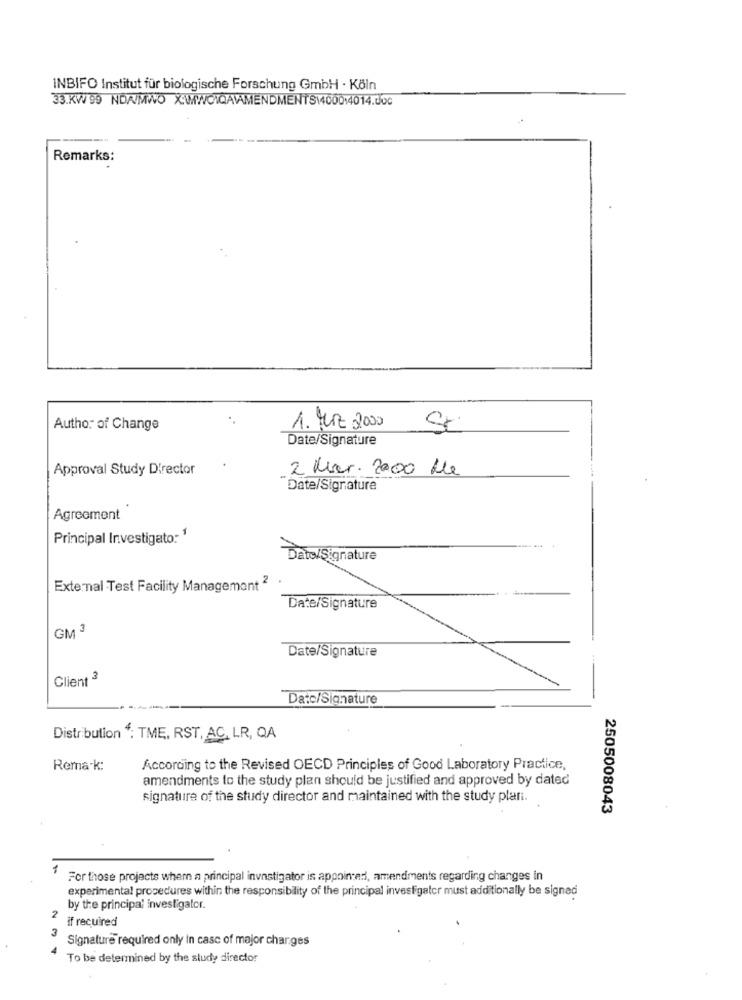
INBIFO Institut für biologische Forschung GmbH - Köln
33.KW/90 NDA/MWO X:WWWCIQAVAMENDMENTS1400014014.doc
Remarks:
Author of Change
1. MIZ 2000
Date/Signature
Approval Study Director
2 Mer. 2000 He
"Date/Signature
Agreement
Principal Investigator 1
Date/Signature
External Test Facility Management 2 .
Date/Signature
GM 3
Date/Signature
Client 3
Datc/Signature
Distribution : TME, RST, AC, LR, QA
Rema-k:
According to the Revised OECD Principles of Good Laboratory Practice,
amendments to the study plan should be justified and approved by dated
signature of the study director and maintained with the study plari.
2505008043
For those projects whem a principal investigator is appointed, amendments regarding changes in
experimental procedures within the responsibility of the principal investigator must additionally be signed
by the principal investigator.
3
2 if required
Signature required only in case of major charges
To be determined by the study director